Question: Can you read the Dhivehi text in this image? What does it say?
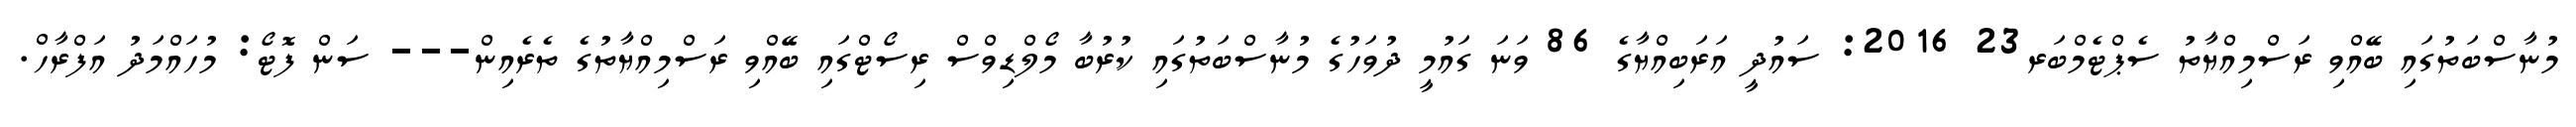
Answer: މުނާސްބަތުގައި ބޭއްވި ރަސްމިއްޔާތު ސެޕްޓެމްބަރ23 2016: ސައުދީ އަރަބިއްޔާގެ 86 ވަނަ ގައުމީ ދުވަހުގެ މުނާސްބަތުގައި ކުރުބާ މޯލްޑިވްސް ރިސޯޓްގައި ބޭއްވި ރަސްމިއްޔާތުގެ ތެރެއިން--- ސަން ފޮޓޯ: މުހައްމަދު އަފްރާހް.